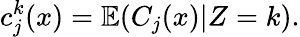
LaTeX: c_{j}^{k}(x)=\mathbb{E}(C_{j}(x)|Z=k).